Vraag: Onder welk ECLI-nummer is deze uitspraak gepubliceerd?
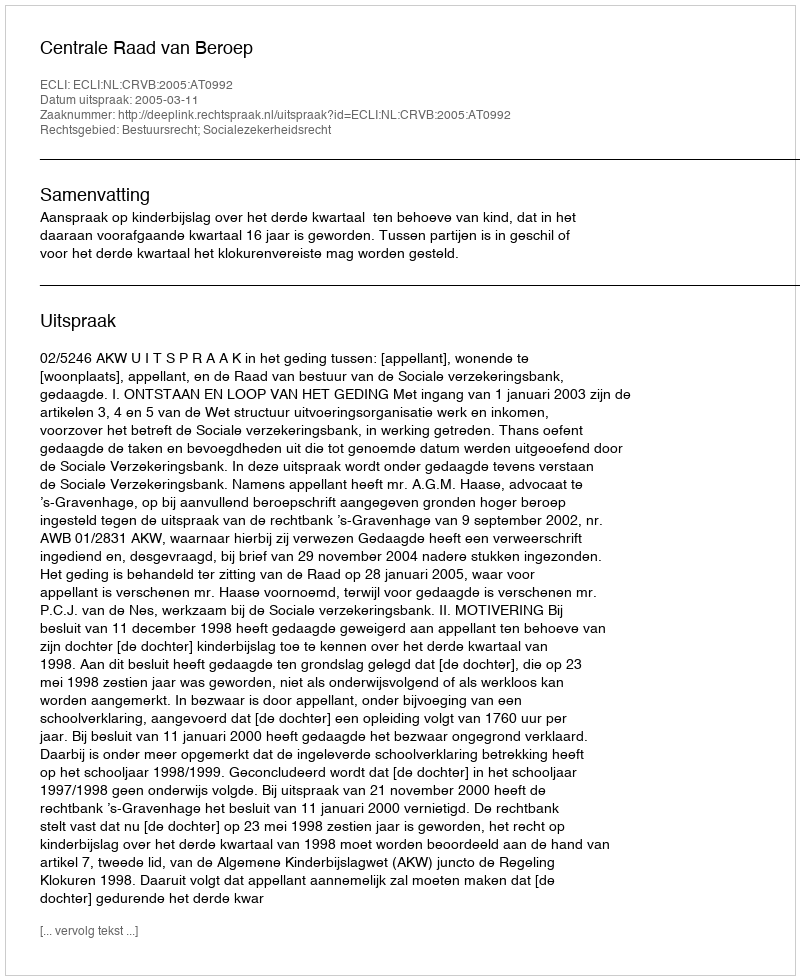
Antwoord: ECLI:NL:CRVB:2005:AT0992